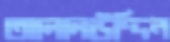
আলালউদ্দিন